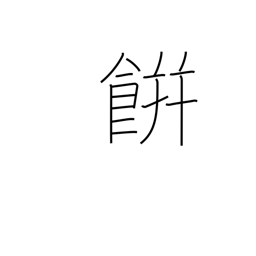
Meaning: rice cake